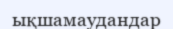
ықшамаудандар